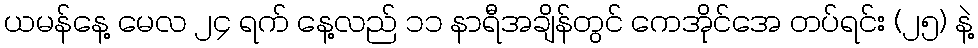
ယမန်နေ့ မေလ ၂၄ ရက် နေ့လည် ၁၁ နာရီအချိန်တွင် ကေအိုင်အေ တပ်ရင်း (၂၅) နဲ့